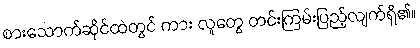
စားသောက်ဆိုင်ထဲတွင် ကား လူတွေ တင်းကြမ်းပြည့်လျက်ရှိ၏။